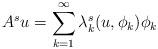
LaTeX: \begin{align*}A^{s}u=\sum_{k=1}^{\infty}\lambda_{k}^{s}(u,\phi_{k})\phi_{k}\end{align*}